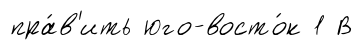
пра́в'ить юго-восто́к 1 В